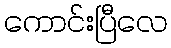
ကောင်းပြီလေ